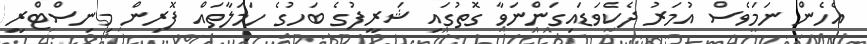
އެހެން ނަމަވެސް އުމަރު ދެކެވަޑައިގަންނަވާ ގޮތުގައި ޝަރީފުގެ ބަހުގެ ހަމަލާތައް ފޮރިން މިނިސްޓްރީ